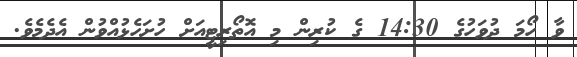
ވާ ހޯމަ ދުވަހުގެ 14:30 ގެ ކުރިން މި އޮތޯރިޓީއަށް ހުށަހެޅުއްވުން އެދެމެވެ.